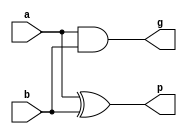
module GP(a,b,g,p);

	input a,b;
	output g,p;
	
	and(g,a,b);
	xor(p,a,b);


endmodule